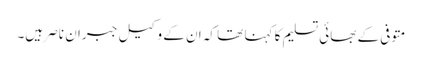
متوفی کے بھائی تسلیم کا کہنا تھا کہ ان کے وکیل جبران ناصر ہیں۔